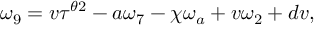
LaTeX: \omega _ { 9 } = v \tau ^ { \theta 2 } - a \omega _ { 7 } - \chi \omega _ { a } + v \omega _ { 2 } + d v ,